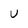
Character: U